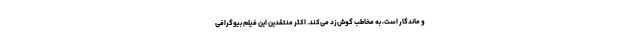
و ماندگار است، به مخاطب گوش‌زد می‌کند. اکثر منتقدین این فیلم بیوگرافی